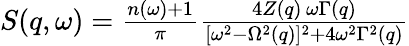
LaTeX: \begin{array}{r}{S(q,\omega)=\frac{n(\omega)+1}{\pi}\frac{4Z(q)\, \omega\Gamma(q)}{[\omega^{2}-\Omega^{2}(q)]^{2}+4\omega^{2}\Gamma^{2}(q)}}\end{array}